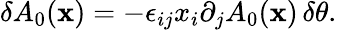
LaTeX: \delta A_{0}({\mathbf x})=-\epsilon_{ij}x_{i}\partial_{j}A_{0}({\mathbf x})\, \delta\theta.